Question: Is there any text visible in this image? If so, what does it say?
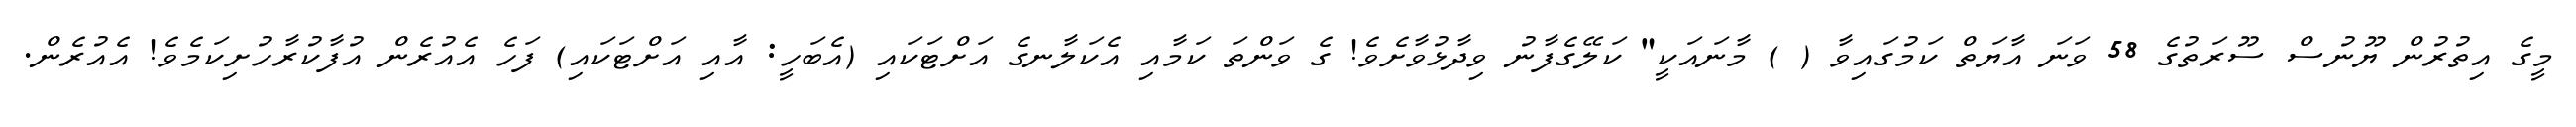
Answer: މީގެ އިތުރުން ޔޫނުސް ސޫރަތުގެ 58 ވަނަ އާޔަތް ކަމުގައިވާ ( ) މާނައަކީ" ކަލޭގެފާނު ވިދާޅުވާށެވެ! ގެ ވަންތަ ކަމާއި އެކަލާނގެ އަށްޓަކައި (އެބަހީ: އާއި އަށްޓަކައި) ފަހެ އެއުރެން އުފާކުރާހުށިކަމެވެ! އެއުރެން.